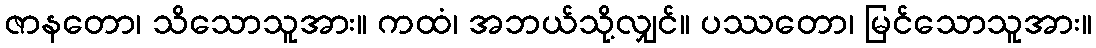
ဇာနတော၊ သိသောသူအား။ ကထံ၊ အဘယ်သို့လျှင်။ ပဿတော၊ မြင်သောသူအား။